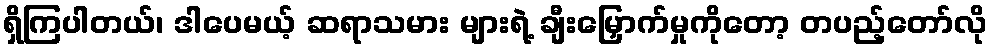
ရှိကြပါတယ်၊ ဒါပေမယ့် ဆရာသမား များရဲ့ ချီးမြှောက်မှုကိုတော့ တပည့်တော်လို